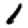
Digit: 1